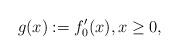
LaTeX: \begin{align*} g(x):=f_0'(x),x\ge 0,\end{align*}